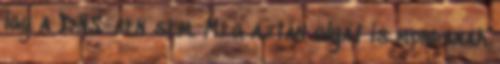
így a DNS-ben sem. Meg aztán olyat is mondanak